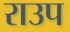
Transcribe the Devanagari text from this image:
राउप